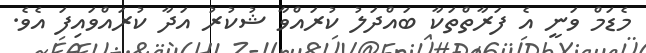
މެޑަމް ވަނީ އެ ފަރާތްތަކާ ބައްދަލު ކުރައްވާ ޝުކުރު އަދާ ކުރައްވައިފަ އެވެ.